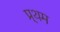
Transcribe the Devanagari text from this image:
प्र्थम